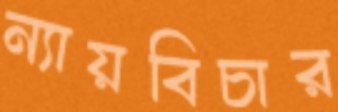
ন্যায়বিচার